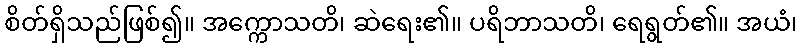
စိတ်ရှိသည်ဖြစ်၍။ အက္ကောသတိ၊ ဆဲရေး၏။ ပရိဘာသတိ၊ ရေရွတ်၏။ အယံ၊